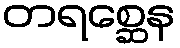
တရစ္ဆေန